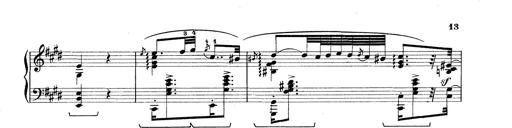
Title: Rapsodie: 19 ungheresi, 1 spagnuola
Composer: Franz Liszt